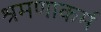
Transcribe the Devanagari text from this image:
श्रमणाकर्म